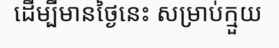
ដើម្បីមានថ្ងៃនេះ សម្រាប់ក្មួយ